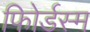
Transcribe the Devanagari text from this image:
फोिर्डस्म